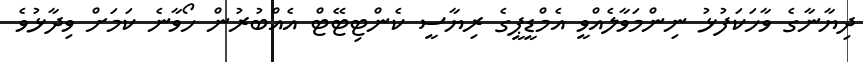
ދިޔާނާގެ ވާހަކަފުޅު ނިންމަވާލެއްވީ އެމްޑީޕީގެ ރިޔާސީ ކެންޓިޓޭޓް އެއްބުރުން ހޯވާނެ ކަމަށް ވިދާޅުވެ